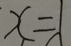
x = 1